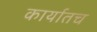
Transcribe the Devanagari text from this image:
कार्यातच